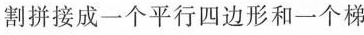
割拼接成一个平行四边形和一个梯